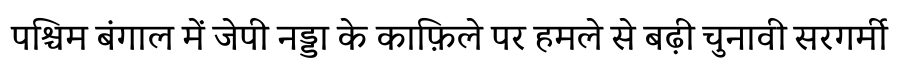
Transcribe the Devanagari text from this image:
पश्चिम बंगाल में जेपी नड्डा के काफ़िले पर हमले से बढ़ी चुनावी सरगर्मी